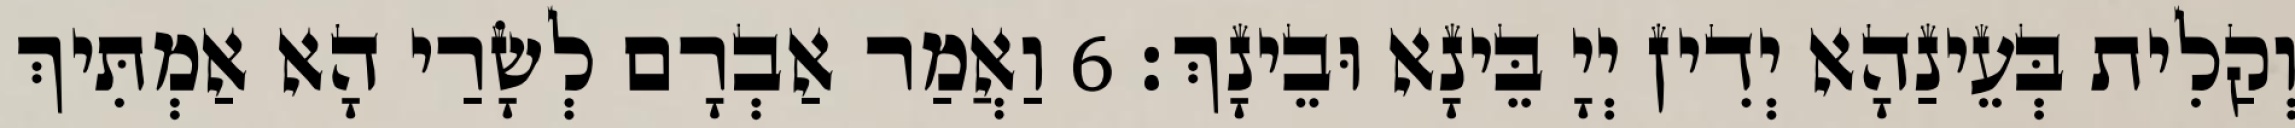
וְקַלִית בְּעֵינַהָא יְדִין יְיָ בֵּינָא וּבֵינָךְ׃ 6 וַאֲמַר אַבְרָם לְשָׂרַי הָא אַמְתִּיךְ